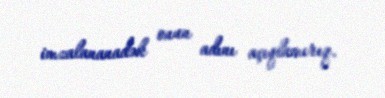
imzalananadək onun adını açıqlamırıq.